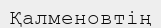
Қалменовтің